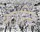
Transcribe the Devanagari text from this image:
भारिनः